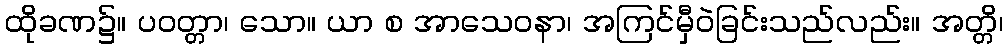
ထိုခဏ၌။ ပဝတ္တာ၊ သော။ ယာ စ အာသေဝနာ၊ အကြင်မှီဝဲခြင်းသည်လည်း။ အတ္တိ၊